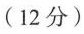
(12分)